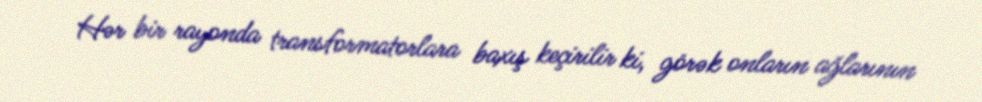
Hər bir rayonda transformatorlara baxış keçirilir ki, görək onların ağlarının